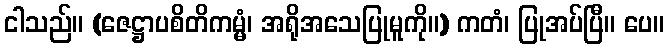
ငါသည်။ (ဇေဋ္ဌာပစိတိကမ္မံ၊ အရိုအသေပြုမူကို။) ကတံ၊ ပြုအပ်ပြီ။ ပေ။